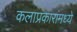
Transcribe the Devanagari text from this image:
कलाप्रकारांमध्ये